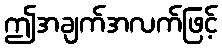
ဤအချက်အလက်ဖြင့်